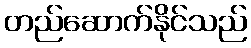
တည်ဆောက်နိုင်သည်